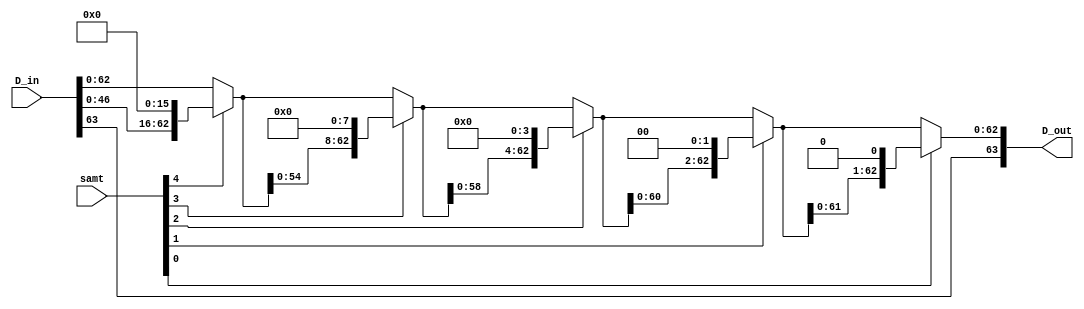
`timescale 1ns / 1ps
//////////////////////////////////////////////////////////////////////////////////
// Company: 
// Engineer: 
// 
// Design Name: 
// Module Name:    barrel_arithmetic_shift_left 
// Project Name: 
// Target Devices: 
// Tool versions: 
// Description: 
//
// Dependencies: 
//
// Revision: 
// Revision 0.01 - File Created
// Additional Comments: 
//
//////////////////////////////////////////////////////////////////////////////////
module barrel_arithmetic_shift_left(D_in, samt, D_out);
    
input [63:0] D_in;
input [4:0] samt;
wire [63:0] b_stage_3, b_stage_2, b_stage_1, b_stage_0;
output wire [63:0] D_out;

assign b_stage_3 = samt[4] ? {D_in[63], D_in[46:0], 16'b0}  : D_in;
assign b_stage_2 = samt[3] ? {D_in[63], b_stage_3[54:0], 8'b0}   : b_stage_3;
assign b_stage_1 = samt[2] ? {D_in[63], b_stage_2[58:0], 4'b0}   : b_stage_2;
assign b_stage_0 = samt[1] ? {D_in[63], b_stage_1[60:0], 2'b0}   : b_stage_1;
assign D_out     = samt[0] ? {D_in[63], b_stage_0[61:0], 1'b0}   : b_stage_0; 

endmodule